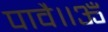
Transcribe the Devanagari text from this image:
पावै॥ॐ